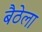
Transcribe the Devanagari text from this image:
बैठेला